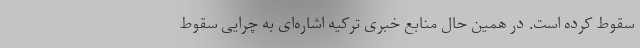
سقوط کرده است. در همین حال منابع خبری ترکیه اشاره‌ای به چرایی سقوط